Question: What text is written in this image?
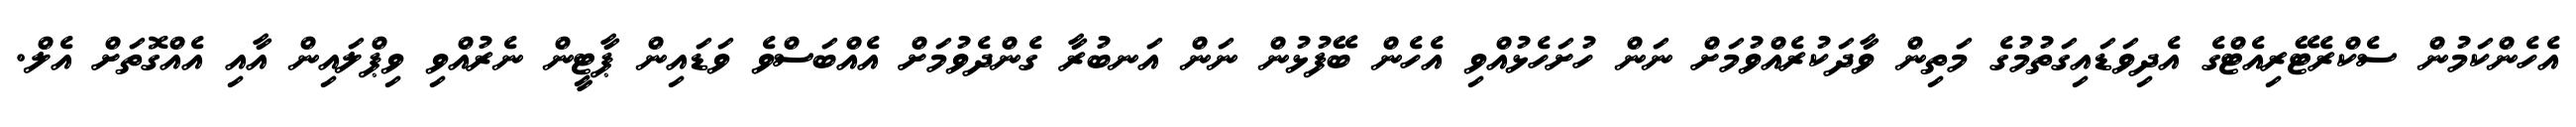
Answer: އެހެންކަމުން ސެކްރެޓޭރިއެޓްގެ އެދިވަޑައިގަތުމުގެ މަތިން ވާދަކުރެއްވުމަށް ނަން ހުށަހެޅުއްވި އެހެން ބޭފުޅުން ނަން އަނބުރާ ގެންދެވުމަށް އެއްބަސްވެ ވަޑައިން ޕާޓީން ނެރުއްވި ވިޕްލައިން އާއި އެއްގޮތަށް އެލް.